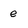
Character: e